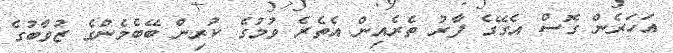
އަހަރެން ގޮސް އެގޭގެ ފާރު ތެރެއިން އެތެރެ ވުމުގެ ކުރިން ބޭބެމެންގެ ޒުވާބުގެ